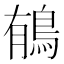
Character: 䳑